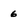
Character: 6